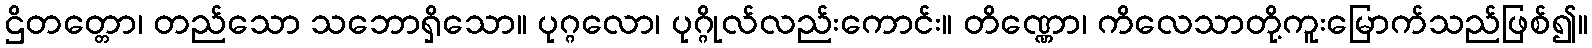
ဌိတတ္တော၊ တည်သော သဘောရှိသော။ ပုဂ္ဂလော၊ ပုဂ္ဂိုလ်လည်းကောင်း။ တိဏ္ဏော၊ ကိလေသာတို့ကူးမြောက်သည်ဖြစ်၍။